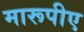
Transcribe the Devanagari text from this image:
मारूपीए